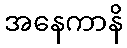
အနေကာနိ